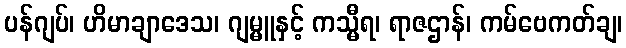
ပန်ဂျပ်၊ ဟိမာချာဒေသ၊ ဂျမ္မူနှင့် ကသ္မီရ၊ ရာဇဌာန်၊ ကမ်ဗေကတ်ချ၊